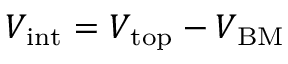
V _ { \mathrm { i n t } } = V _ { \mathrm { t o p } } - V _ { \mathrm { B M } }